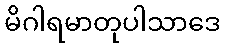
မိဂါရမာတုပါသာဒေ